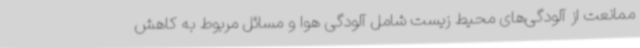
ممانعت از آلودگی‌های محیط زیست شامل آلودگی هوا و مسائل مربوط به کاهش